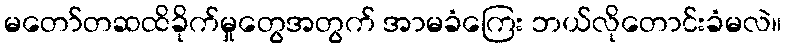
မတော်တဆထိခိုက်မှုတွေအတွက် အာမခံကြေး ဘယ်လိုတောင်းခံမလဲ။